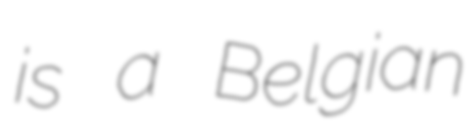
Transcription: is a Belgian